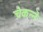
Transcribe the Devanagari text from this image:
चैकन्ने